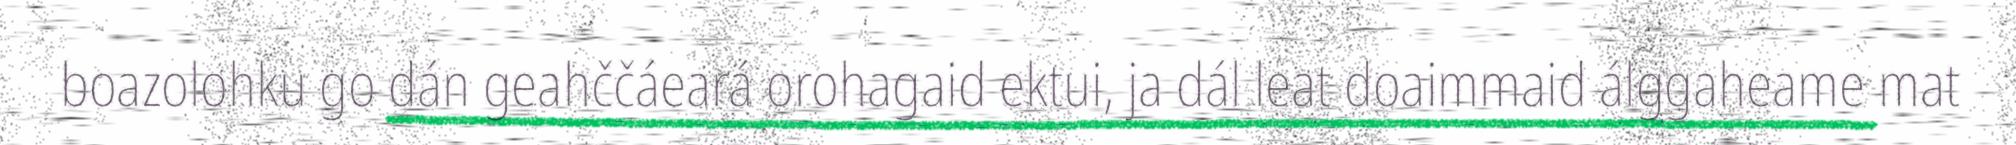
boazolohku go dán geahččáeará orohagaid ektui, ja dál leat doaimmaid álggaheame mat